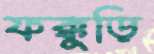
ফক্কুড়ি